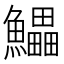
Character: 𱇄